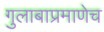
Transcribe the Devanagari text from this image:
गुलाबाप्रमाणेच